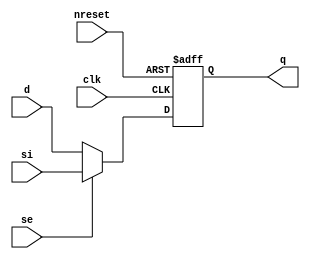
//#############################################################################
//# Function:  Positive edge-triggered static D-type flop-flop with async     #
//#            active low reset and scan input                                #
//# Copyright: Lambda Project Authors. All rights Reserved.                   #
//# License:   MIT (see LICENSE file in Lambda repository)                    #
//#############################################################################

module la_sdffrq #(
    parameter PROP = "DEFAULT"
) (
    input      d,
    input      si,
    input      se,
    input      clk,
    input      nreset,
    output reg q
);

    always @(posedge clk or negedge nreset)
        if (!nreset) q <= 1'b0;
        else q <= se ? si : d;

endmodule